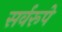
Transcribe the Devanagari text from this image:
सर्वरूपे